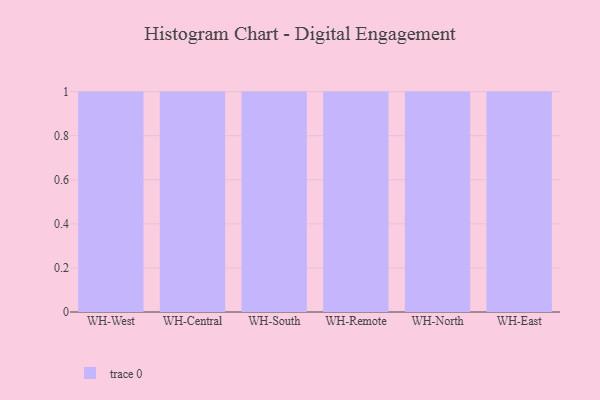
{"axis": {"x": "Warehouse", "y": "Inventory Turnover"}, "legend": [""], "data": [{"x": "WH-West", "y": 84, "type": ""}, {"x": "WH-Central", "y": 26, "type": ""}, {"x": "WH-South", "y": 50, "type": ""}, {"x": "WH-Remote", "y": 82, "type": ""}, {"x": "WH-North", "y": 41, "type": ""}, {"x": "WH-East", "y": 68, "type": ""}]}